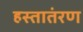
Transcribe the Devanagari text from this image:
हस्तातंरण